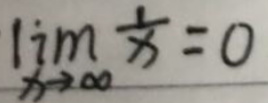
\[
\lim_{x \to \infty} \frac{1}{x} = 0
\]